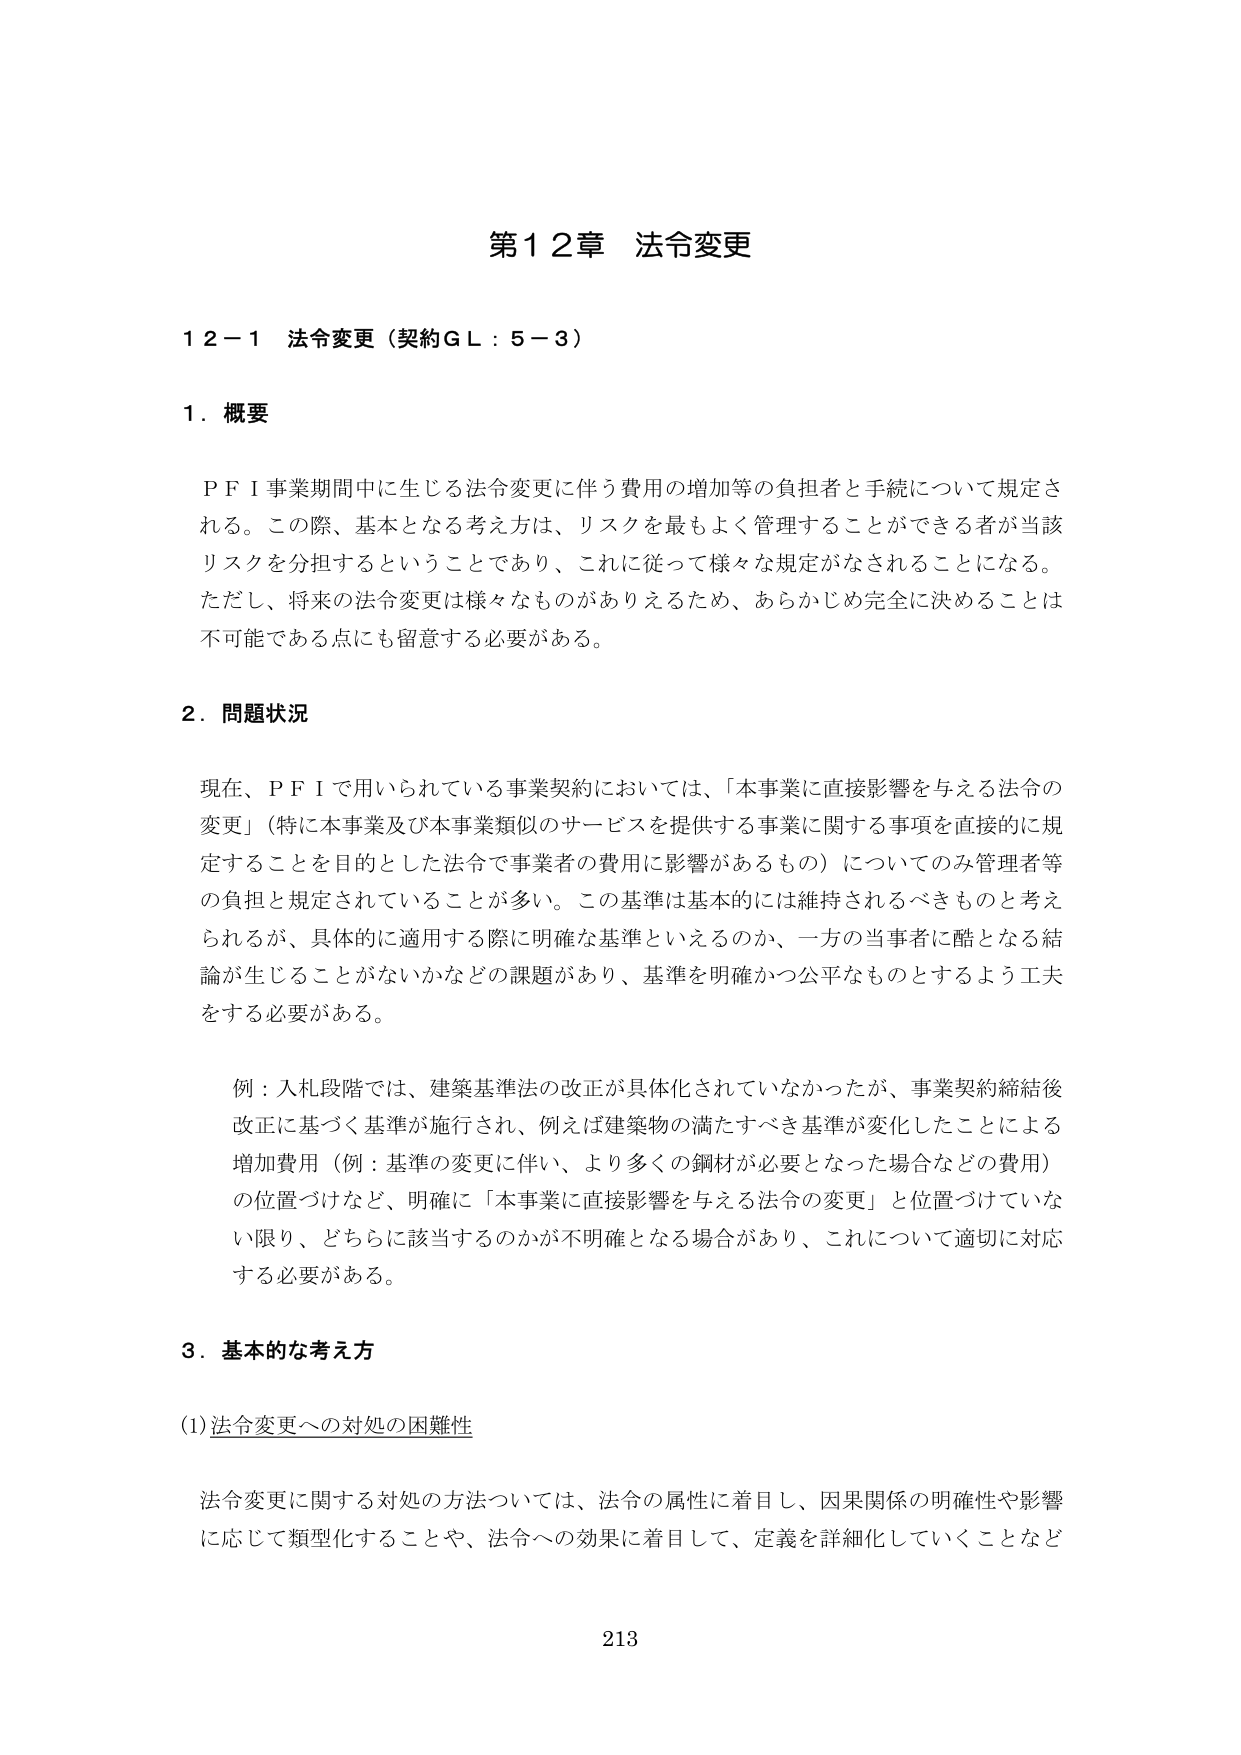
第12章 法令変更

12－1 法令変更（契約ＧＬ：5－3）

1．概要

ＰＦＩ事業期間中に生じる法令変更に伴う費用の増加等の負担者と手続について規定される。この際、基本となる考え方は、リスクを最もよく管理することができる者が当該リスクを分担するということであり、これに従って様々な規定がなされることになる。ただし、将来の法令変更は様々なものがありえるため、あらかじめ完全に決めることは不可能である点にも留意する必要がある。

2．問題状況

現在、ＰＦＩで用いられている事業契約においては、「本事業に直接影響を与える法令の変更」（特に本事業及び本事業類似のサービスを提供する事業に関する事項を直接的に規定することを目的とした法令で事業者の費用に影響があるもの）についてのみ管理者等の負担と規定されていることが多い。この基準は基本的には維持されるべきものと考えられるが、具体的に適用する際に明確な基準といえるのか、一方の当事者に酷となる結論が生じることがないかなどの課題があり、基準を明確かつ公平なものとするよう工夫をする必要がある。

例：入札段階では、建築基準法の改正が具体化されていなかったが、事業契約締結後改正に基づく基準が施行され、例えば建築物の満たすべき基準が変化したことによる増加費用（例：基準の変更に伴い、より多くの鋼材が必要となった場合などの費用）の位置づけなど、明確に「本事業に直接影響を与える法令の変更」と位置づけていない限り、どちらに該当するのかが不明確となる場合があり、これについて適切に対応する必要がある。

3．基本的な考え方

(1) 法令変更への対処の困難性

法令変更に関する対処の方法については、法令の属性に着目し、因果関係の明確性や影響に応じて類型化することや、法令への効果に着目して、定義を詳細化していくことなど

213